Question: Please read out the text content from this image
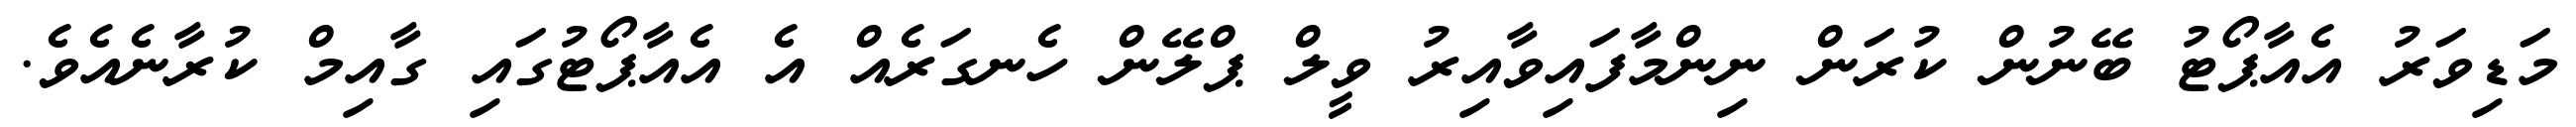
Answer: މަޑިވަރު އެއާޕޯޓު ބޭނުން ކުރަން ނިންމާފައިވާއިރު ވީލް ޕްލޭން ހެނގަރެއް އެ އެއާޕޯޓުގައި ގާއިމް ކުރާނެއެވެ.